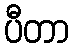
ပီတာ